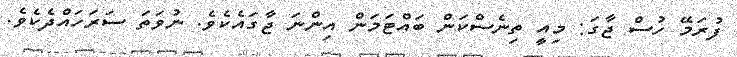
ފުރަމޭ ހުސް ޖާގަ: މިއީ ތިނެސްކަން ބައްޓަމަން އިންނަ ޖާގައެކެވެ. ނުވަތަ ސަރަހައްދެކެވެ.